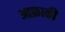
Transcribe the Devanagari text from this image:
आफ़ाकी